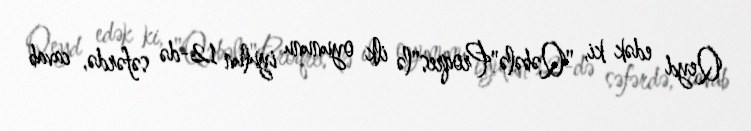
Qeyd edək ki, "Qəbələ"Proqres"lə ilk oyununu iyulun 12-də səfərdə, cavab